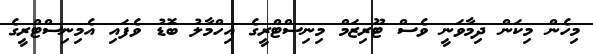
މިހެން މިކަން ދިމާވަނީ ވެސް ޓޫރިޒަމް މިނިސްޓްރީގެ އިހްމާލު ބޮޑު ވެފައި އެމިނިސްޓްރީގެ